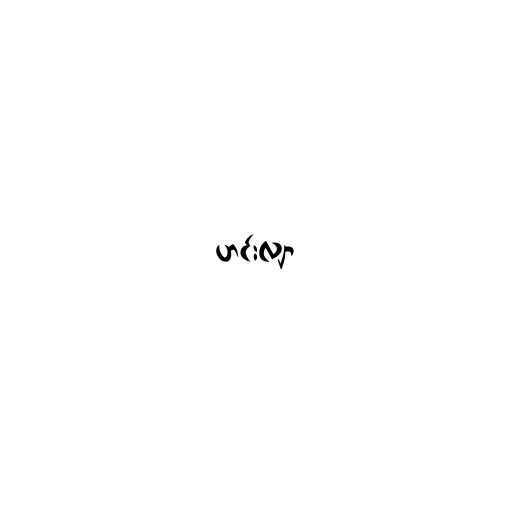
ဟင်းလျာ